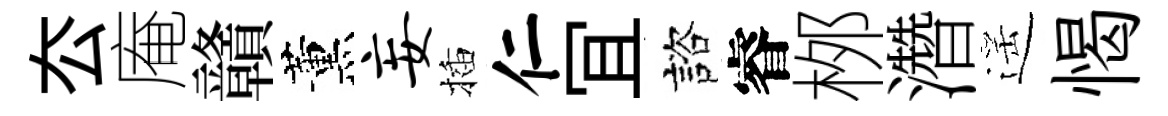
厺庵贛薰妄插仁冝諮睿桞濳遥愒